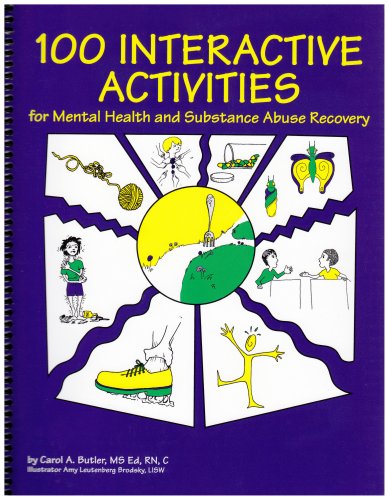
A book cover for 100 Interactive Activities for Mental Health and Substance Abuse Recovery; Carol A. Butler; Health, Fitness & Dieting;